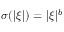
\sigma ( | \boldsymbol { \xi } | ) = | \boldsymbol { \xi } | ^ { b }